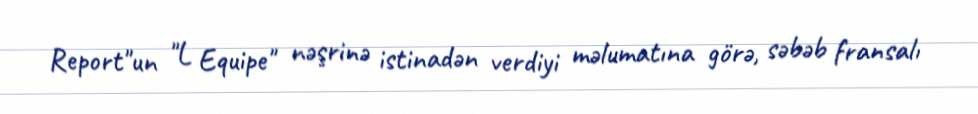
Report"un "L Equipe" nəşrinə istinadən verdiyi məlumatına görə, səbəb fransalı